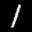
Label: 1